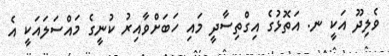
ވެލިދޫ އަކީ ނ. އަތޮޅުގެ އިގްތިސާދީ މައި ހަބަށްވާއިރު ކުނީގެ މައްސަލައަކީ އެ